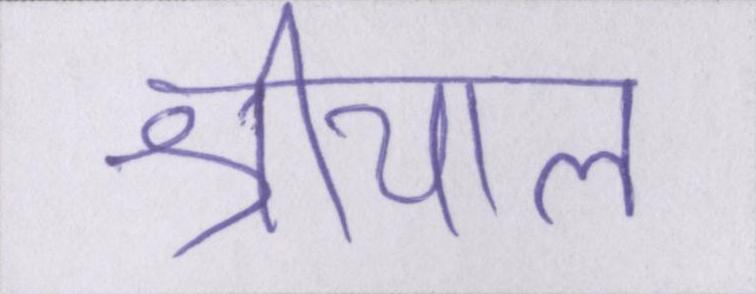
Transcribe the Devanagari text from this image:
श्रीयाल